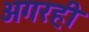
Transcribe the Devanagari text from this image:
अगरही